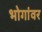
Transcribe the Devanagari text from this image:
भोगांवर